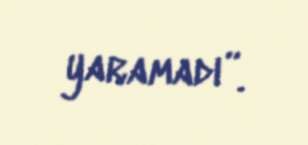
yaramadı”.